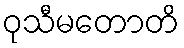
ဝုသီမတောတိ